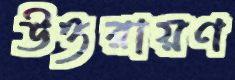
উত্তরায়ণ